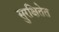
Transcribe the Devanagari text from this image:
सुरक्षितेत